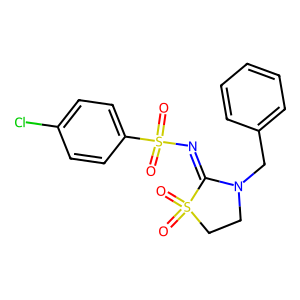
SMILES: O=S1(=O)CCN(Cc2ccccc2)C1=NS(=O)(=O)c1ccc(Cl)cc1
Inhibits HIV replication: No